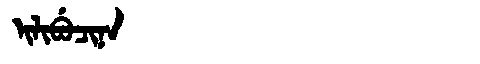
Manchu: ᡳᠯᡳᠪᡠᠴᡳᠨᠠ
Romanization: ILIBUCINA